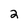
Character: 2